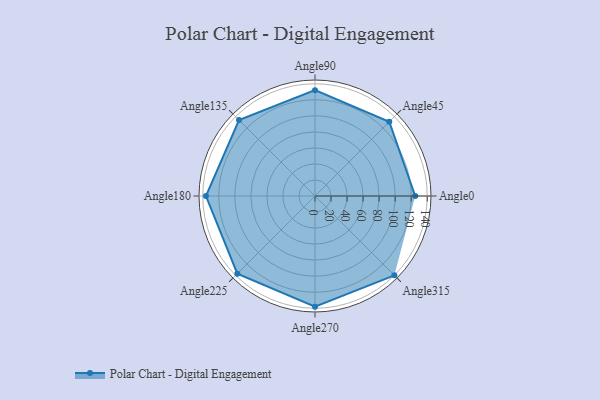
{"axis": {"x": "Angle", "y": "Radius"}, "legend": [""], "data": [{"x": "Angle0", "y": 125.0, "type": ""}, {"x": "Angle45", "y": 131.0, "type": ""}, {"x": "Angle90", "y": 132.0, "type": ""}, {"x": "Angle135", "y": 134.0, "type": ""}, {"x": "Angle180", "y": 136.0, "type": ""}, {"x": "Angle225", "y": 137.0, "type": ""}, {"x": "Angle270", "y": 138.0, "type": ""}, {"x": "Angle315", "y": 140.0, "type": ""}]}